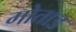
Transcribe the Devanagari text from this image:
गोताड